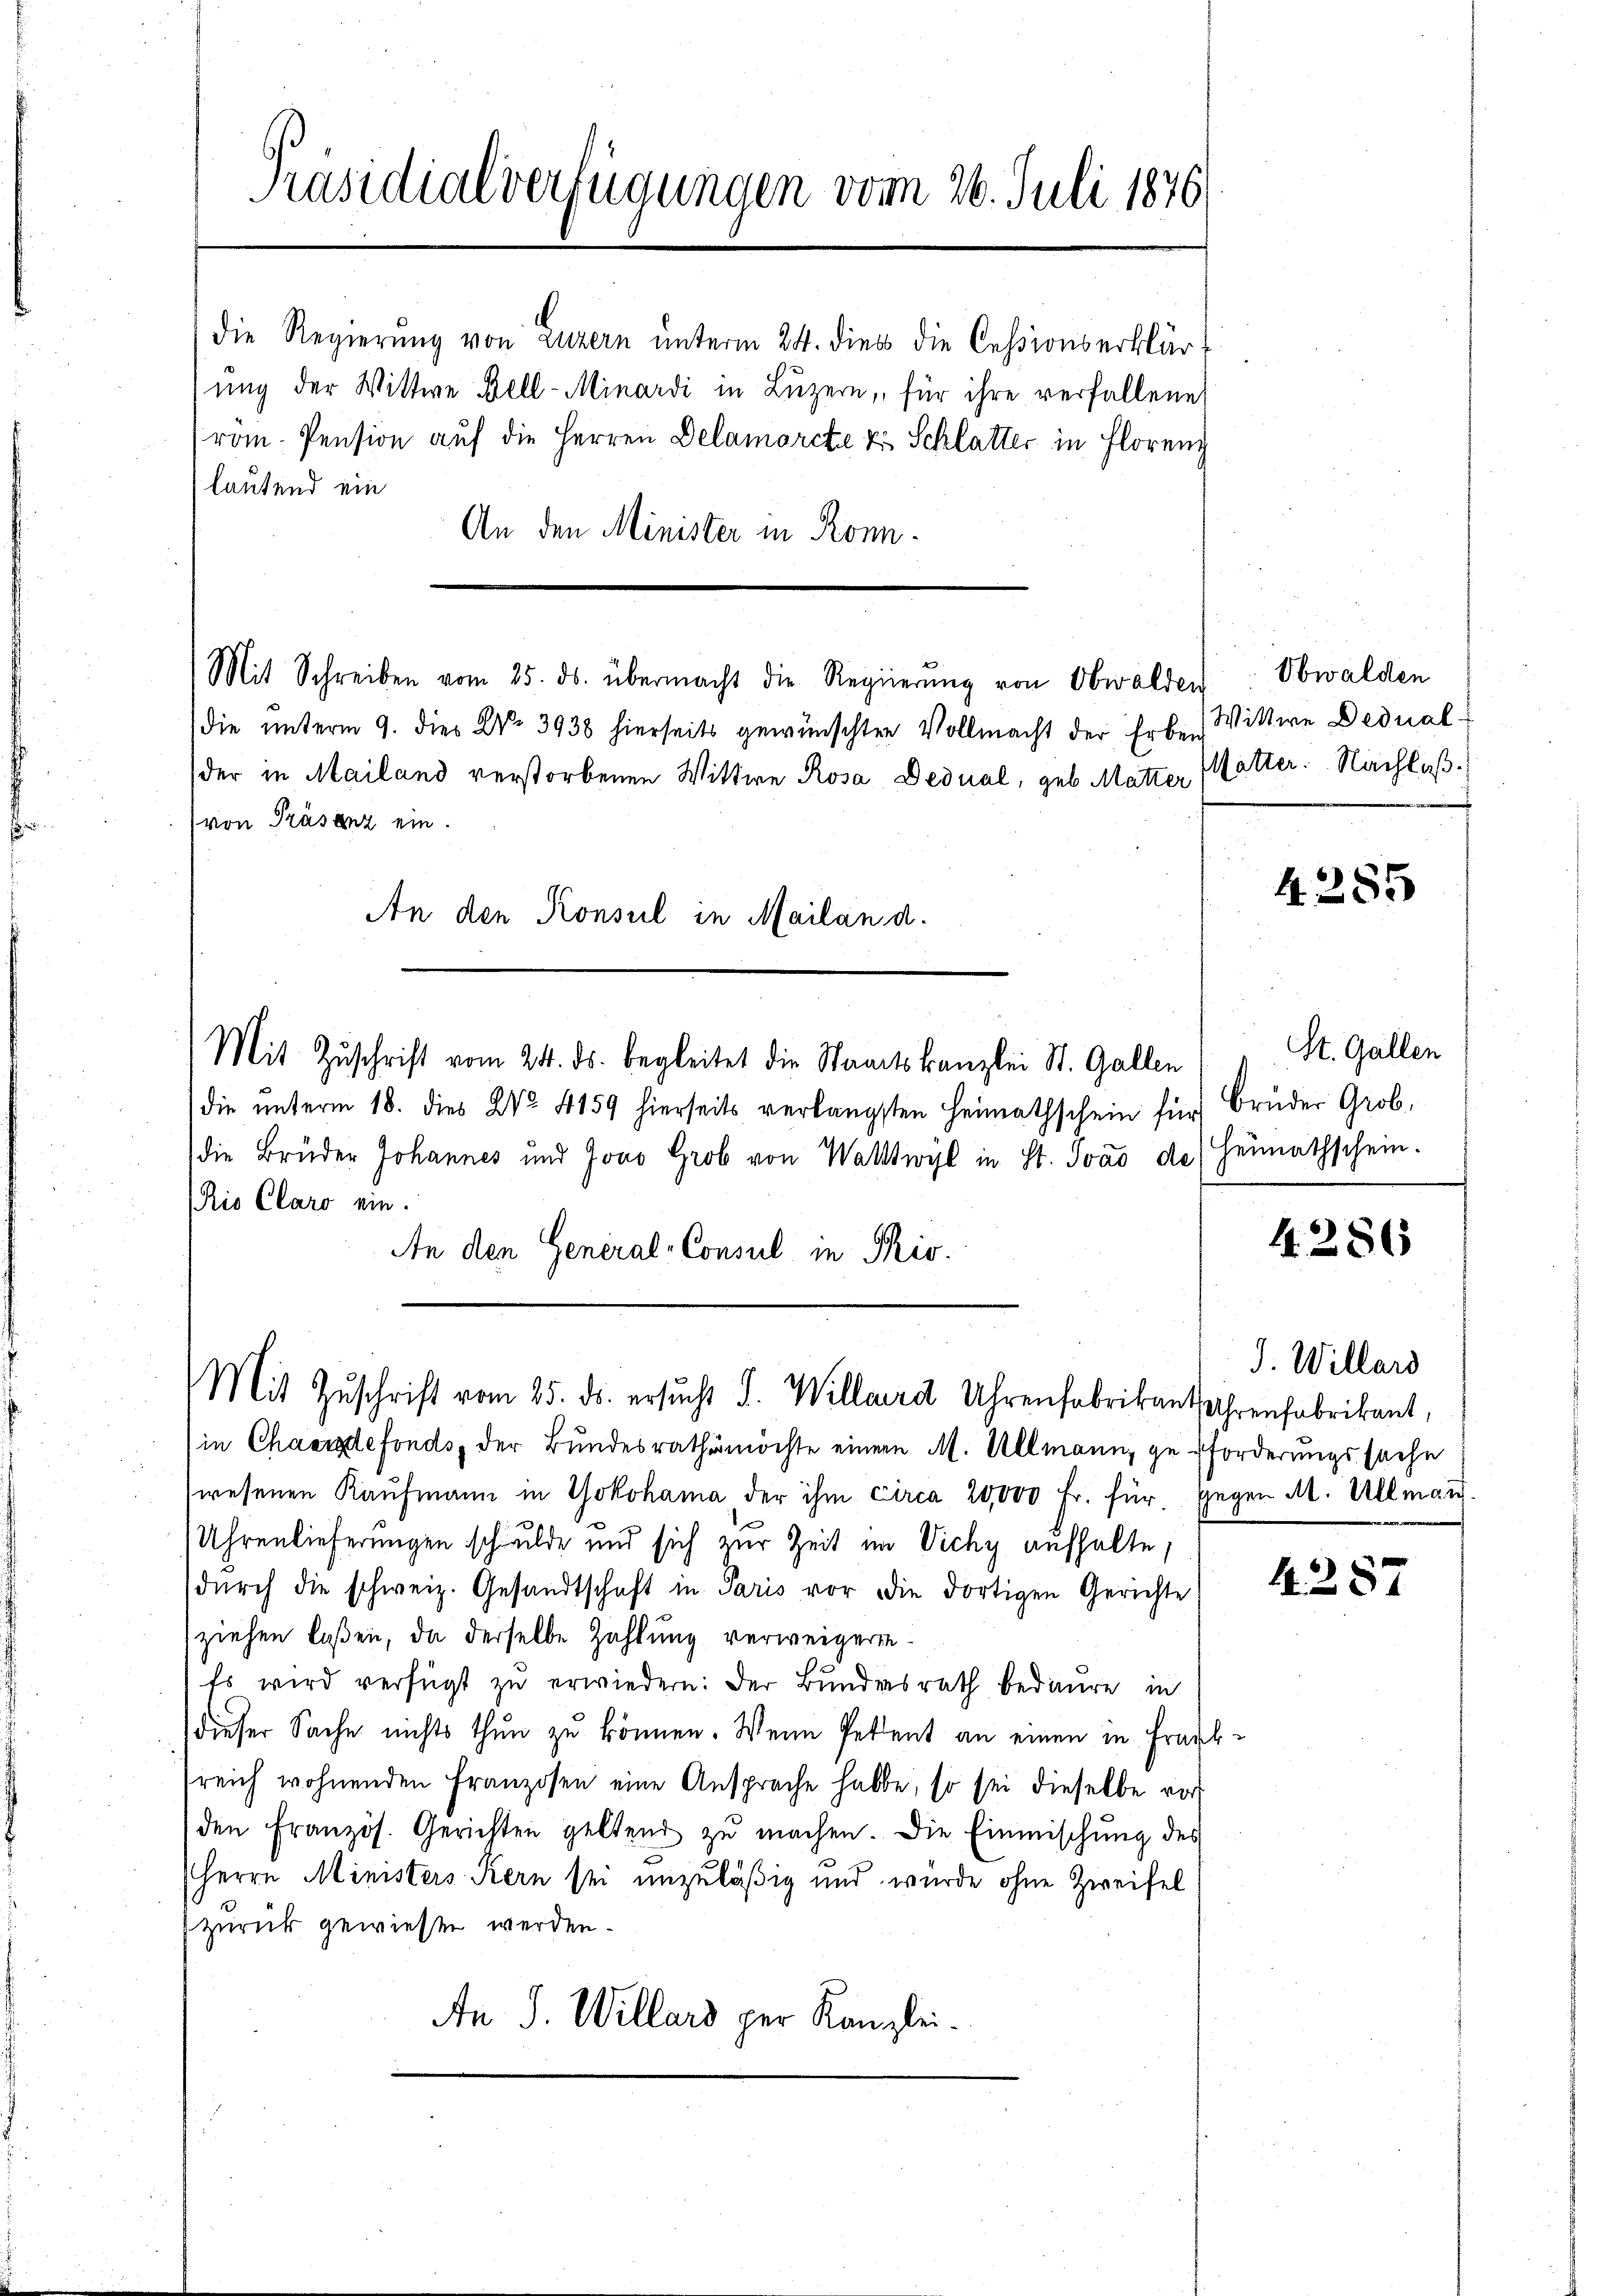
Präsidialverfügungen vom 26. Juli 1876
die Regierung von Luzern unterm 24. dies die Cessionserklär
sung der Wittwe Bell-Minardi in Luzern, für ihre verfallene
rom. Pension auf die Herren Delamorcte & Schlatter in Florenz
lautend ein
An den Minister in Ronn¬

Mit Schreiben vom 25. ds. übermacht die Regierŭng von Obwalden

die unterm 9. dies No. 3938 hierseits gewünschten Vollmacht der Erben
der in Mailand verstorbenen Wittwe Rosa Dedual, geb. Matter, 14
(von Präsenz ein.
Mit Zuschrift vom 24. ds. begleitet die Staatskanzlei St. Gallen
die unterm 18. dies No. 4159 hierseits verlängsten Heimathschein für Brüder Grob,
die Brüder Johannes und Jovo Grob von Wattwyl in St. Joad des Heimathschein.
Rio Claro ein.
An den General-Consul in Pio.

An den Konsul in Mailan d.

in Chassdefonds, der Bundesrathemöchte einem M. Allmann, geforderungssache
wesenen Kaŭfmann in Yokohama der ihm circa 20,000 Fr. für gegen M. Allman
Uhrenlieferungen schulde und sich zur Zeit im Vichy aufhalte,
dŭrch die schweiz. Gesandtschaft in Paris vor die dortigen Gerichte
ziehen laßen, da derselbe Zahlung verweigeren.
Es wird verfügt zu erwiedern: der Bundesrath bedaure, in
dieser Sache nichts thun zu können. Wenn Petent an einen in Fraukreich wohnenden Franzosen eine Ansprache habe, so sei dieselbe vor
den Französ. Gerichten geltend zu machen. Die Einmischung des
Herrn Ministers Kern sei unzuläßig und wurde ohne Zweifel
zurück gewiesen werden.
An J. Willars per Kanzlei.

Mit Zŭschrift vom 25. ds. ersucht I. Willard Uhrenfabrikant Uhrenfabrikant,

Obwalden
Vittwe Dedual-
fatter. Nachlaß.

4. 285

St. Gallen

4. 286

J. Willard

4287